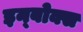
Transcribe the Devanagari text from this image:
इन्बोक्स